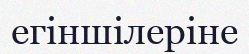
егіншілеріне